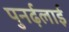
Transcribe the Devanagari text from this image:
पुनर्ढ़लाई